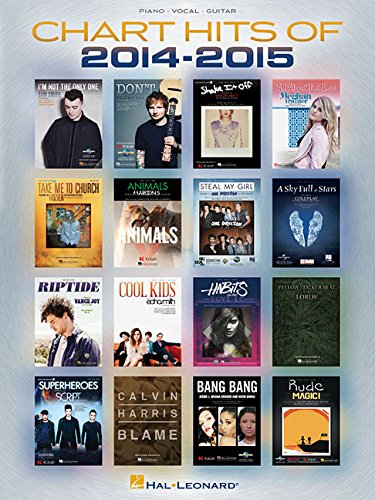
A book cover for Chart Hits of 2014-2015 (Chart Hits of Piano Vocal Guitar); Hal Leonard Corp.; Humor & Entertainment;